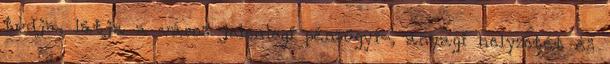
tudja, látja a város jelenlegi pénzügyi-, anyagi helyzetét és